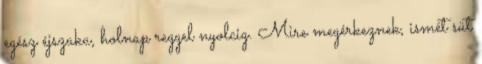
egész éjszaka, holnap reggel nyolcig. Mire megérkeznek, ismét süt